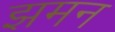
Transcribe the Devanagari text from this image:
झमन